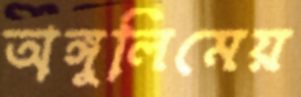
অঙ্গুলিমেয়